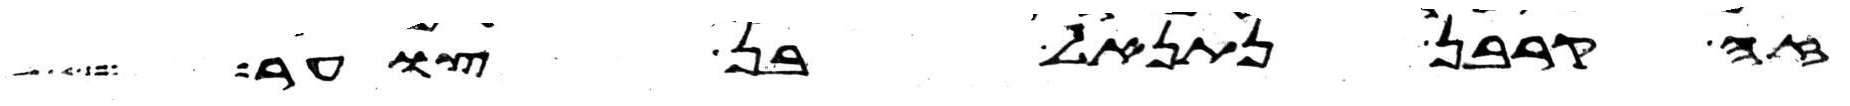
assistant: זה קרבן נתנאל בן צוער